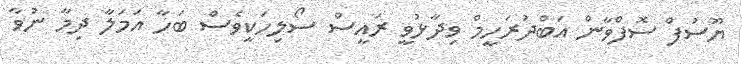
ޔޫސުފް ސޮފްވާން އަބްދުރަހީމް ވިދާޅުވީ ރައީސް ސޯލިހަކީވެސް ބަހާ އަމަލާ ދިމާ ނުވާ